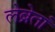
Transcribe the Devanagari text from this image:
लेब्रेतां